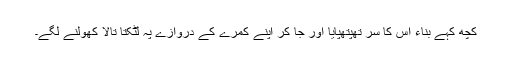
کچھ کہے بناء اس کا سر تھپتھپایا اور جا کر اپنے کمرے کے دروازے پہ لٹکتا تالا کھولنے لگے۔